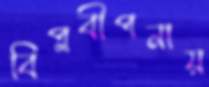
বিপ্লবীপনায়